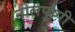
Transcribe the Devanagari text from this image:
नीलपुष्पी